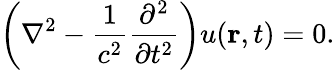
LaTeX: \left(\nabla^{2}-{\frac{1}{c^{2}}}{\frac{\partial^{2}}{\partial{t}^{2}}}\right)u(\mathbf{r},t)=0.